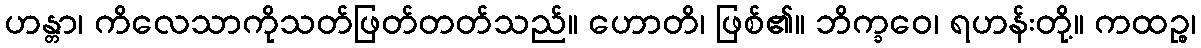
ဟန္တာ၊ ကိလေသာကိုသတ်ဖြတ်တတ်သည်။ ဟောတိ၊ ဖြစ်၏။ ဘိက္ခဝေ၊ ရဟန်းတို့။ ကထဉ္စ၊